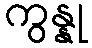
ကွန္နု